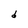
Character: d